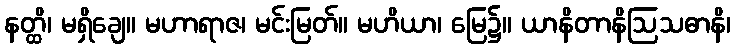
နတ္ထိ၊ မရှိချေ။ မဟာရာဇ၊ မင်းမြတ်။ မဟိယာ၊ မြေ၌။ ယာနိတာနိဩသဓာနိ၊